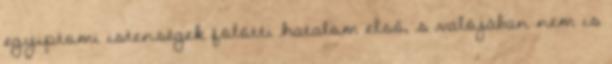
egyiptomi istenségek fölötti hatalom első, s valójában nem is